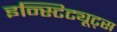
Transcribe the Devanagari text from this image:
इन्स्टिट्यूट्‌स